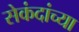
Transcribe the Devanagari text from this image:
सेकंदांच्या